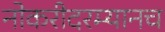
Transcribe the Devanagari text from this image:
नोकरीदरम्यानच